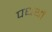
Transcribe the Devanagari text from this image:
पधर्थों